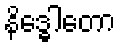
နိဒ္ဓေါတော